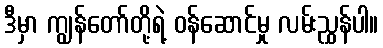
ဒီမှာ ကျွန်တော်တို့ရဲ့ ဝန်ဆောင်မှု လမ်းညွှန်ပါ။